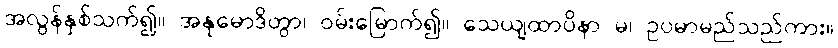
အလွန်နှစ်သက်၍။ အနုမောဒိတွာ၊ ဝမ်းမြောက်၍။ သေယျထာပိနာ မ၊ ဥပမာမည်သည်ကား။